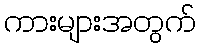
ကားများအတွက်